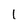
Character: 1